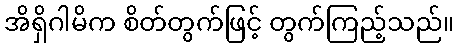
အိရှိဂါမိက စိတ်တွက်ဖြင့် တွက်ကြည့်သည်။